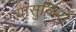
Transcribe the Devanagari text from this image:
यासुजिरो